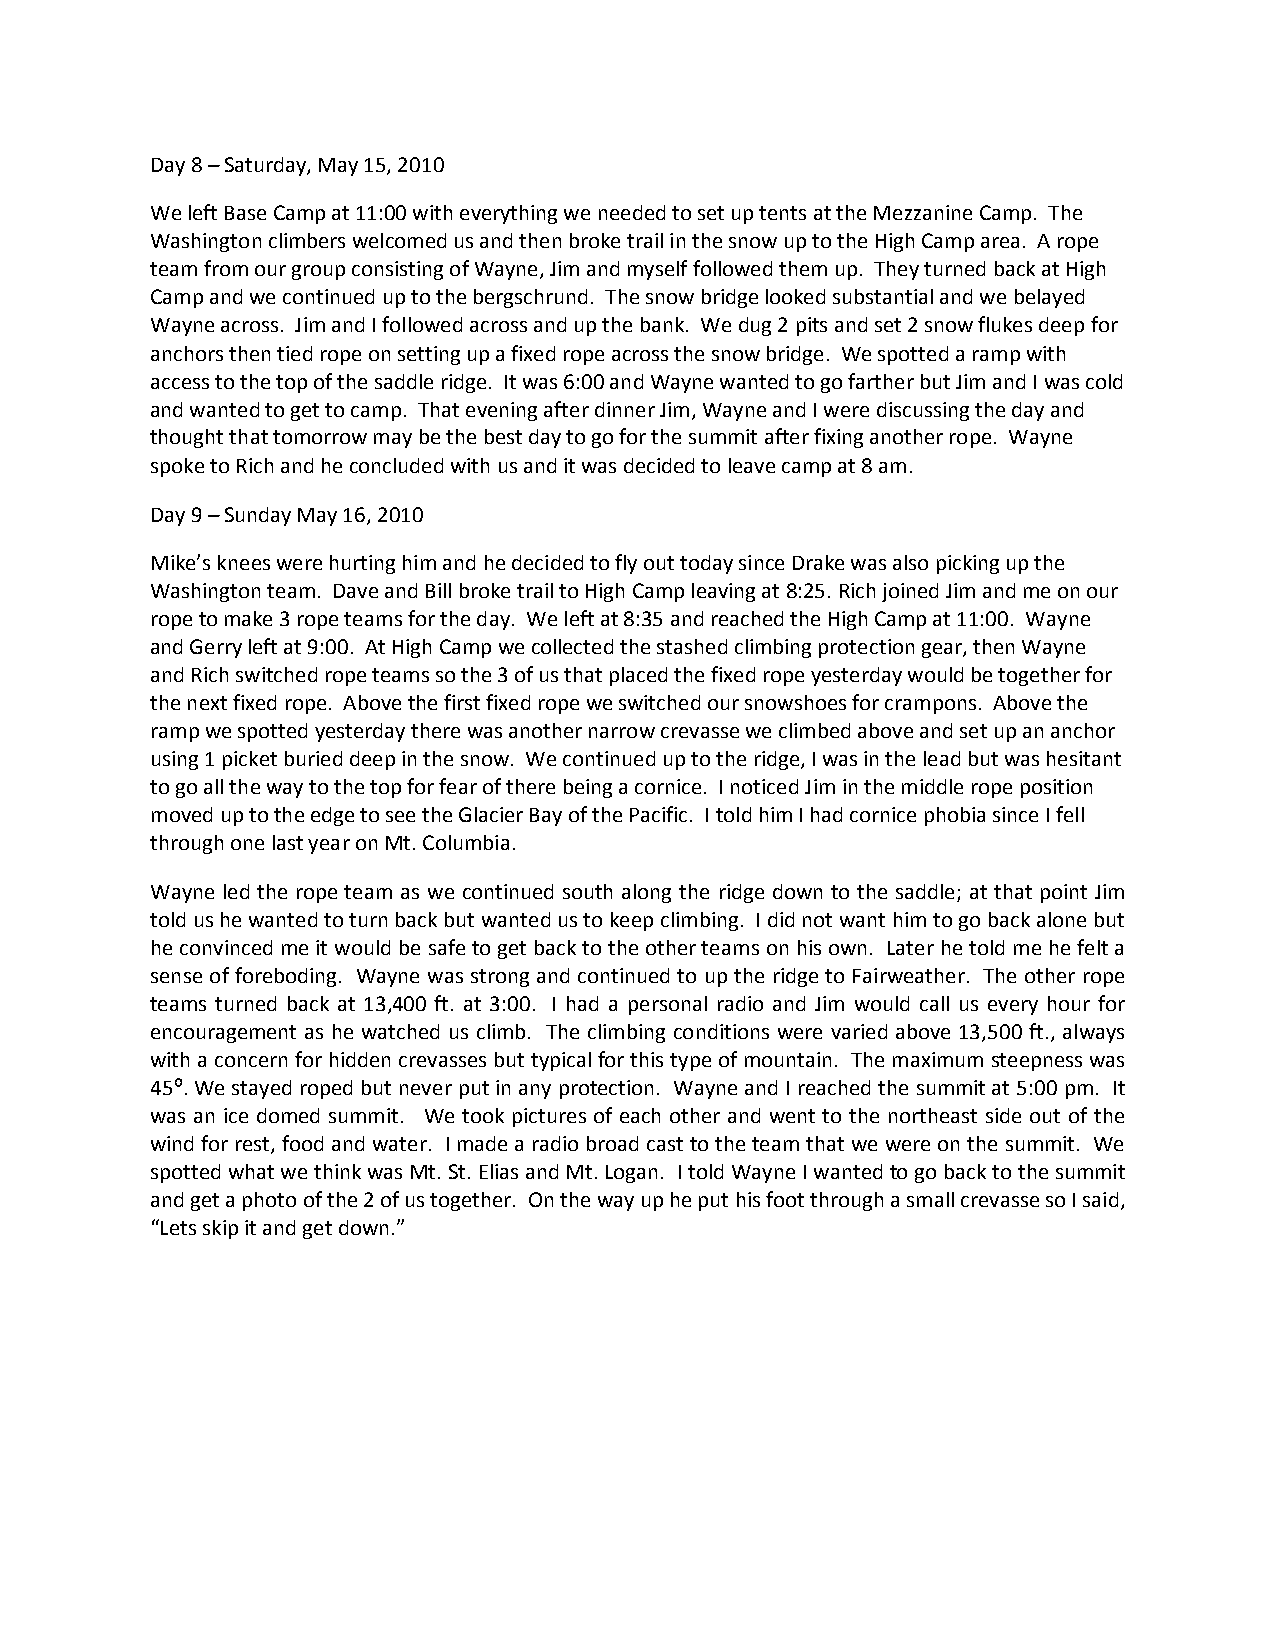
Day 8 – Saturday, May 15, 2010
 We left Base Camp at 11:00 with everything we needed to set up tents at the Mezzanine Camp. The
 Washington climbers welcomed us and then broke trail in the snow up to the High Camp area. A rope
 team from our group consisting of Wayne, Jim and myself followed them up. They turned back at High
 Camp and we continued up to the bergschrund. The snow bridge looked substantial and we belayed
 Wayne across. Jim and I followed across and up the bank. We dug 2 pits and set 2 snow flukes deep for
 anchors then tied rope on setting up a fixed rope across the snow bridge. We spotted a ramp with
 access to the top of the saddle ridge. It was 6:00 and Wayne wanted to go farther but Jim and I was cold
 and wanted to get to camp. That evening after dinner Jim, Wayne and I were discussing the day and
 thought that tomorrow may be the best day to go for the summit after fixing another rope. Wayne
 spoke to Rich and he concluded with us and it was decided to leave camp at 8 am.
 Day 9 – Sunday May 16, 2010
 Mike’s knees were hurting him and he decided to fly out today since Drake was also picking up the
 Washington team. Dave and Bill broke trail to High Camp leaving at 8:25. Rich joined Jim and me on our
 rope to make 3 rope teams for the day. We left at 8:35 and reached the High Camp at 11:00. Wayne
 and Gerry left at 9:00. At High Camp we collected the stashed climbing protection gear, then Wayne
 and Rich switched rope teams so the 3 of us that placed the fixed rope yesterday would be together for
 the next fixed rope. Above the first fixed rope we switched our snowshoes for crampons. Above the
 ramp we spotted yesterday there was another narrow crevasse we climbed above and set up an anchor
 using 1 picket buried deep in the snow. We continued up to the ridge, I was in the lead but was hesitant
 to go all the way to the top for fear of there being a cornice. I noticed Jim in the middle rope position
 moved up to the edge to see the Glacier Bay of the Pacific. I told him I had cornice phobia since I fell
 through one last year on Mt. Columbia.
 Wayne led the rope team as we continued south along the ridge down to the saddle; at that point Jim
 told us he wanted to turn back but wanted us to keep climbing. I did not want him to go back alone but
 he convinced me it would be safe to get back to the other teams on his own. Later he told me he felt a
 sense of foreboding. Wayne was strong and continued to up the ridge to Fairweather. The other rope
 teams turned back at 13,400 ft. at 3:00. I had a personal radio and Jim would call us every hour for
 encouragement as he watched us climb. The climbing conditions were varied above 13,500 ft., always
 with a concern for hidden crevasses but typical for this type of mountain. The maximum steepness was
 45⁰. We stayed roped but never put in any protection. Wayne and I reached the summit at 5:00 pm. It
 was an ice domed summit. We took pictures of each other and went to the northeast side out of the
 wind for rest, food and water. I made a radio broad cast to the team that we were on the summit. We
 spotted what we think was Mt. St. Elias and Mt. Logan. I told Wayne I wanted to go back to the summit
 and get a photo of the 2 of us together. On the way up he put his foot through a small crevasse so I said,
 “Lets skip it and get down.”